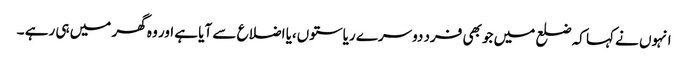
انہوں نے کہا کہ ضلع میں جو بھی فرد دوسرے ریاستوں،یا اضلاع سے آیا ہے اور وہ گھر میں ہی رہے ۔